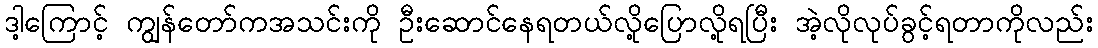
ဒါ့ကြောင့် ကျွန်တော်ကအသင်းကို ဦးဆောင်နေရတယ်လို့ပြောလို့ရပြီး အဲ့လိုလုပ်ခွင့်ရတာကိုလည်း